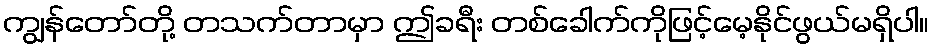
ကျွန်တော်တို့ တသက်တာမှာ ဤခရီး တစ်ခေါက်ကိုဖြင့်မေ့နိုင်ဖွယ်မရှိပါ။